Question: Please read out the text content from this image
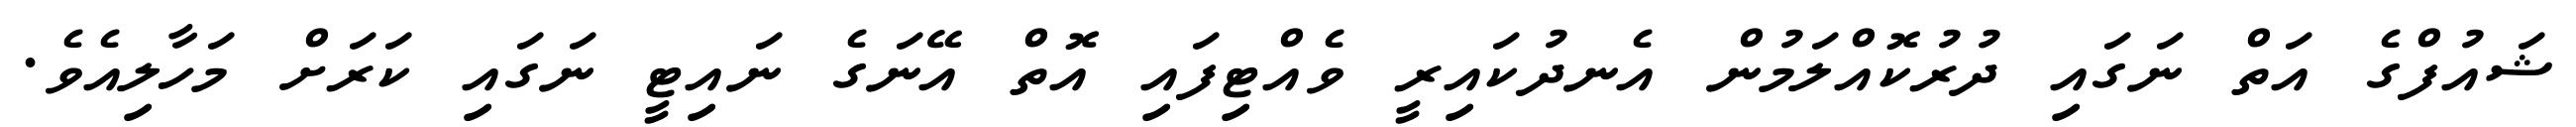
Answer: ޝައުފްގެ އަތް ނަގައި ދުރުކޮއްލަމުން އެނދުކައިރީ ވެއްޓިފައި އޮތް އޭނަގެ ނައިޓީ ނަގައި ކަރަށް މަހާލިއެވެ.